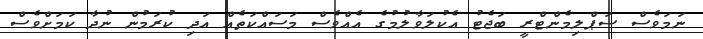
ނަމަވެސް ސަޕްލިމެންޓްރީ ބަޖެޓު އެކުލަވާލުމުގެ އެއްވެސް މަސައްކަތެއް އަދި ކުރަމުން ނުދާ ކަމަށްވެސް